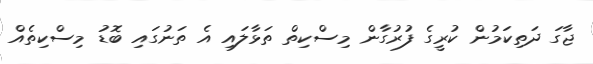
ޖާގަ ދަތިކަމުން ކުރީގެ ފުރުގާން މިސްކިތް ތަޅާލައި އެ ތަނުގައި ބޮޑު މިސްކިތެއް